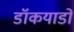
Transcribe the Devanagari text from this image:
डॉकयाडों